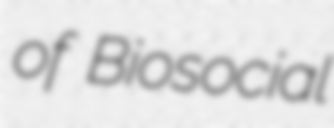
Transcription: of Biosocial